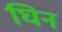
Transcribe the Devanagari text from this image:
घिन